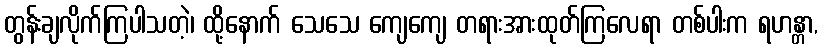
တွန်းချလိုက်ကြပါသတဲ့၊ ထို့နောက် သေသေ ကျေကျေ တရားအားထုတ်ကြလေရာ တစ်ပါးက ရဟန္တာ,